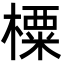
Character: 㯨